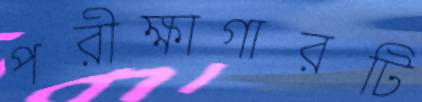
পরীক্ষাগারটি